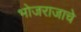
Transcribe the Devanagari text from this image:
भोजराजाचे